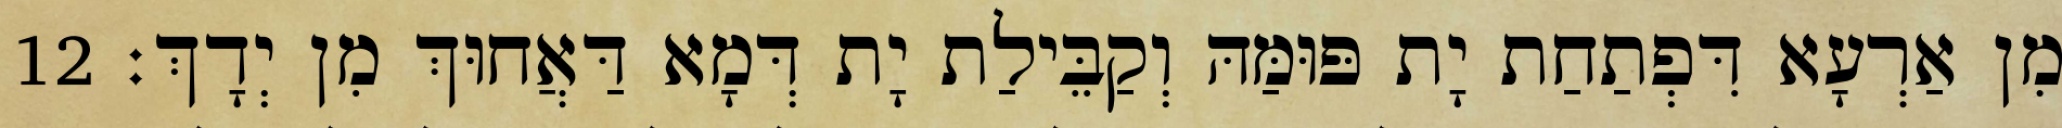
מִן אַרְעָא דִּפְתַחַת יָת פּוּמַּהּ וְקַבֵּילַת יָת דְּמָא דַּאֲחוּךְ מִן יְדָךְ׃ 12